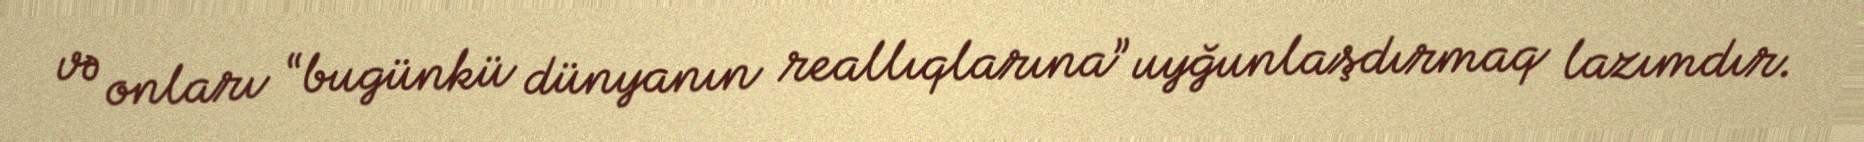
və onları “bugünkü dünyanın reallıqlarına” uyğunlaşdırmaq lazımdır.